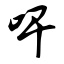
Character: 啤